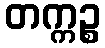
တက္ကဉ္စ